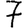
Digit: 7